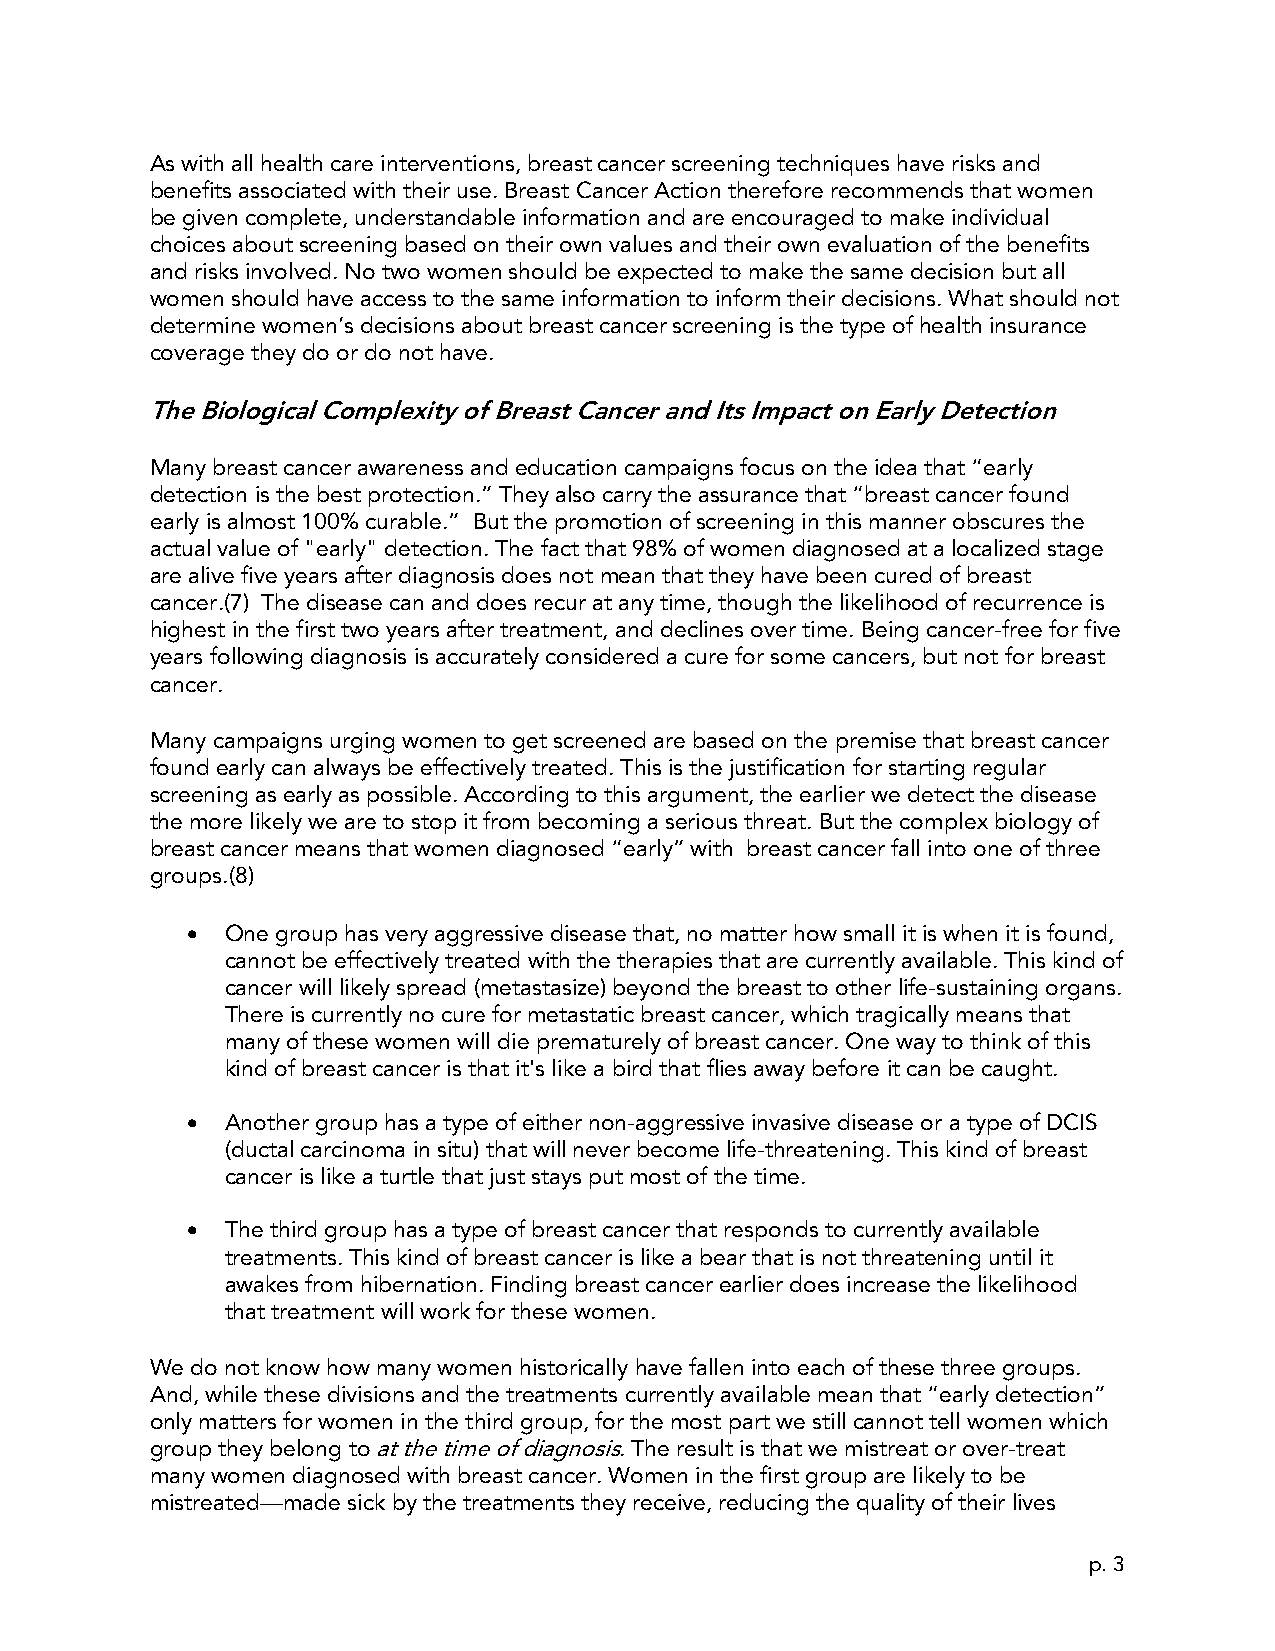
As with all health care interventions, breast cancer screening techniques have risks and
 benefits associated with their use. Breast Cancer Action therefore recommends that women
 be given complete, understandable information and are encouraged to make individual
 choices about screening based on their own values and their own evaluation of the benefits
 and risks involved. No two women should be expected to make the same decision but all
 women should have access to the same information to inform their decisions. What should not
 determine women’s decisions about breast cancer screening is the type of health insurance
 coverage they do or do not have.
 The Biological Complexity of Breast Cancer and Its Impact on Early Detection
 Many breast cancer awareness and education campaigns focus on the idea that “early
 detection is the best protection.” They also carry the assurance that “breast cancer found
 early is almost 100% curable.” But the promotion of screening in this manner obscures the
 actual value of "early" detection. The fact that 98% of women diagnosed at a localized stage
 are alive five years after diagnosis does not mean that they have been cured of breast
 cancer.(7) The disease can and does recur at any time, though the likelihood of recurrence is
 highest in the first two years after treatment, and declines over time. Being cancer-free for five
 years following diagnosis is accurately considered a cure for some cancers, but not for breast
 cancer.
 Many campaigns urging women to get screened are based on the premise that breast cancer
 found early can always be effectively treated. This is the justification for starting regular
 screening as early as possible. According to this argument, the earlier we detect the disease
 the more likely we are to stop it from becoming a serious threat. But the complex biology of
 breast cancer means that women diagnosed “early” with breast cancer fall into one of three
 groups.(8)
 •  One group has very aggressive disease that, no matter how small it is when it is found,
 cannot be effectively treated with the therapies that are currently available. This kind of
 cancer will likely spread (metastasize) beyond the breast to other life-sustaining organs.
 There is currently no cure for metastatic breast cancer, which tragically means that
 many of these women will die prematurely of breast cancer. One way to think of this
 kind of breast cancer is that it's like a bird that flies away before it can be caught.
 •  Another group has a type of either non-aggressive invasive disease or a type of DCIS
 (ductal carcinoma in situ) that will never become life-threatening. This kind of breast
 cancer is like a turtle that just stays put most of the time.
 •  The third group has a type of breast cancer that responds to currently available
 treatments. This kind of breast cancer is like a bear that is not threatening until it
 awakes from hibernation. Finding breast cancer earlier does increase the likelihood
 that treatment will work for these women.
 We do not know how many women historically have fallen into each of these three groups.
 And, while these divisions and the treatments currently available mean that “early detection”
 only matters for women in the third group, for the most part we still cannot tell women which
 group they belong to at the time of diagnosis. The result is that we mistreat or over-treat
 many women diagnosed with breast cancer. Women in the first group are likely to be
 mistreated—made sick by the treatments they receive, reducing the quality of their lives
 p. 3